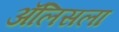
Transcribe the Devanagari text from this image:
ॲलिसला